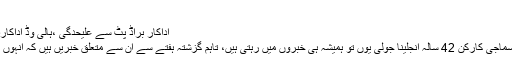
پہلے
اداکار براڈ پٹ سے علیحدگی ،ہالی وڈ اداکارہ انجلینا جولی نے نیا ساتھی ڈھونڈ لیا
نیویارک: ہالی وڈ اداکارہ، فلم ساز و سماجی کارکن 42 سالہ انجلینا جولی یوں تو ہمیشہ ہی خبروں میں رہتی ہیں، تاہم گزشتہ ہفتے سے ان سے متعلق خبریں ہیں کہ انہوں نے ایک نیا جیون ساتھی تلاش کرلیا۔